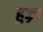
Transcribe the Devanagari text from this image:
हुज्रा